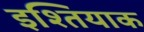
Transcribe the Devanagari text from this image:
इश्तियाक